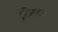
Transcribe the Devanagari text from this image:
ट्रांजिस्टर।